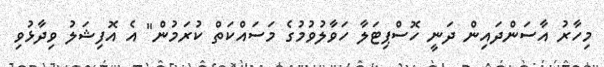
މިހާރު އާސަންދައިން ދަނީ ހޮސްޕިޓަލާ ހަވާލުވުމުގެ މަސައްކަތް ކުރަމުން" އެ އޮފިޝަލު ވިދާޅުވި